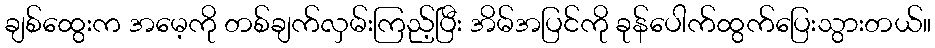
ချစ်ထွေးက အမေ့ကို တစ်ချက်လှမ်းကြည့်ပြီး အိမ်အပြင်ကို ခုန်ပေါက်ထွက်ပြေးသွားတယ်။